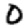
Digit: 0